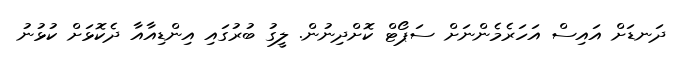
ދަނޑަށް އައިސް އަހަރެމެންނަށް ސަޕޯޓް ކޮށްދިނުން. ލީގު ބުރުގައި އިންޑިއާއާ ދެކޮޅަށް ކުޅުނު